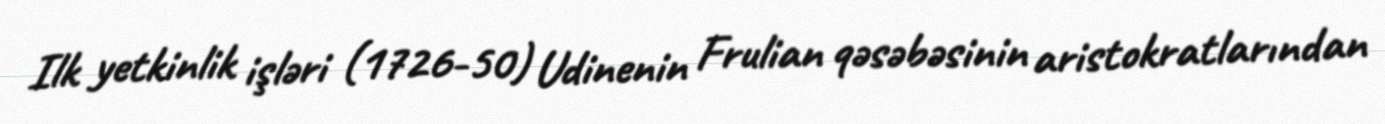
Ilk yetkinlik işləri (1726-50) Udinenin Frulian qəsəbəsinin aristokratlarından